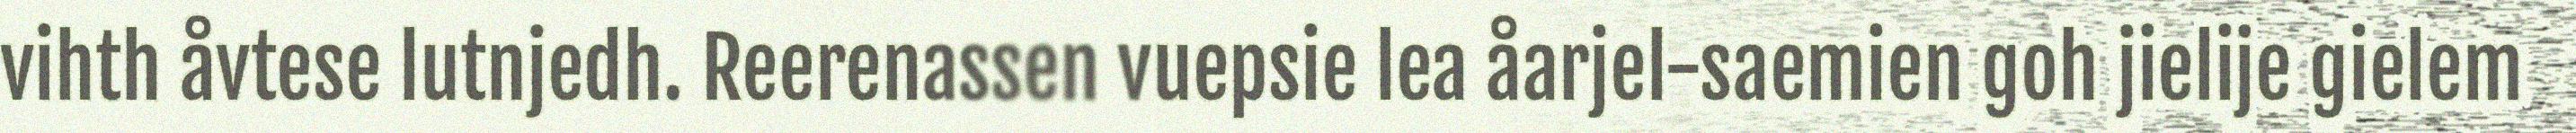
vihth åvtese lutnjedh. Reerenassen vuepsie lea åarjel-saemien goh jielije gielem